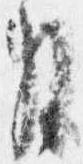
月